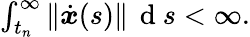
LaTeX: \begin{array}{r}{\int_{t_{n}}^{\infty}\| \dot{{\boldsymbol x}}(s)\| \, \mathrm{~d~}s<\infty.}\end{array}